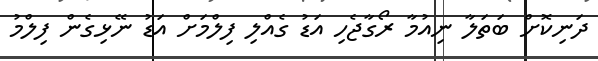
ދަނިކޮށް ބަތަލާ ނިއުމާ ރޯގާޖެހި އަޑު ގެއްލި ފިލްމަށް އަޑު ނޭޅިގެން ފިލްމު